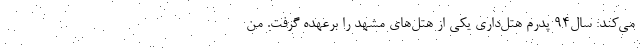
می‌کند: سال٩٤ پدرم هتل‌داری یکی از هتل‌های مشهد را برعهده گرفت. من